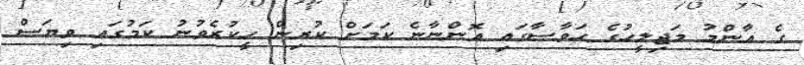
ގެ އާންމު މަޖިލީހުގެ ހަވާސާގައި އޮންނާނެ ކަމަށް ކުރިން ހީކުރެވުނު ކަމުގައި ވިޔަސް